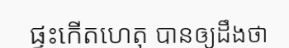
ផ្ទះកើតហេតុ បានឲ្យដឹងថា